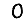
Digit: 0